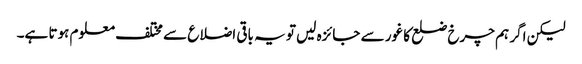
لیکن اگر ہم چرخ ضلع کا غور سے جائزہ لیں تو یہ باقی اضلاع سے مختلف معلوم ہوتا ہے۔